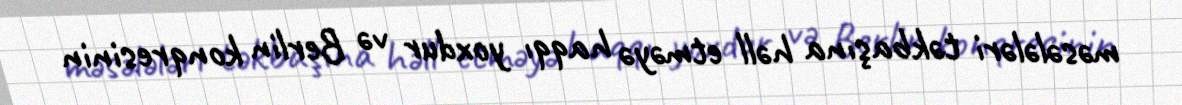
məsələləri təkbaşına həll etməyə haqqı yoxdur və Berlin konqresinin